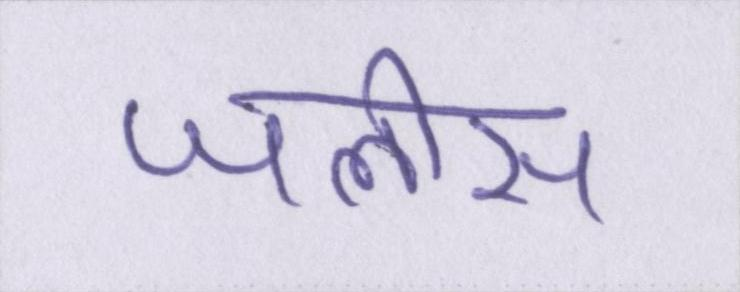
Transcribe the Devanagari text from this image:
जलीस